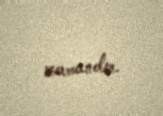
zamandır.